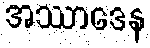
အဿာဒေန